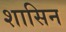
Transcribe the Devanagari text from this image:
शासिन